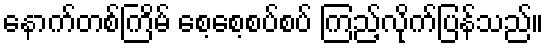
နောက်တစ်ကြိမ် စေ့စေ့စပ်စပ် ကြည့်လိုက်ပြန်သည်။